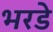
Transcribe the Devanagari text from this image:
भरडे